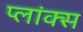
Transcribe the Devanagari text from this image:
प्लांक्स